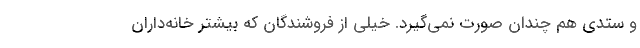
و ستدی هم چندان صورت نمی‌گیرد. خیلی از فروشندگان که بیشتر خانه‌داران